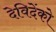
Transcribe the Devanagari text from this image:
देविदेंको